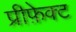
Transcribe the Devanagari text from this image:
प्रीफ़ेक्ट